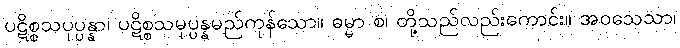
ပဋိစ္စသပုပ္ပန္နာ၊ ပဋိစ္စသမုပ္ပန္နမည်ကုန်သော။ ဓမ္မာ စ၊ တို့သည်လည်းကောင်း။ အဝသေသာ၊